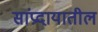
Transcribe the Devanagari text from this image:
सांप्रदायातील